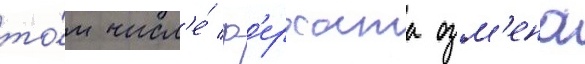
то́м числ'е́ ф'ерхата озм'ена